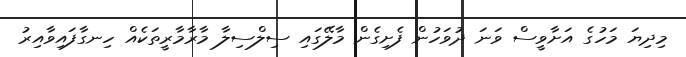
މިދިޔަ މަހުގެ އަށާވީސް ވަނަ ދުވަހުން ފެށިގެން މާލޭގައި ސިލްސިލާ މާރާމާރީތަކެއް ހިނގާފައިވާއިރު